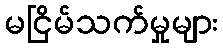
မငြိမ်သက်မှုများ